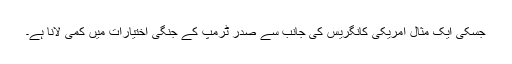
جسکی ایک مثال امریکی کانگریس کی جانب سے صدر ٹرمپ کے جنگی اختیارات میں کمی لانا ہے۔